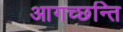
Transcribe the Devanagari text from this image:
आगच्छन्ति